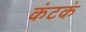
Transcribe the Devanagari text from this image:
कंटकं